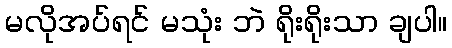
မလိုအပ်ရင် မသုံး ဘဲ ရိုးရိုးသာ ချပါ။